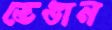
ভেঙান